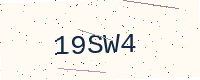
Text: 19SW4